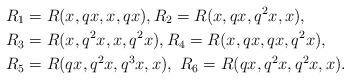
\begin{align*} R_{1}&=R(x, qx, x, qx), R_{2}=R(x, qx, q^{2}x, x),\\ R_{3}&=R(x, q^{2}x, x, q^{2}x),R_{4}=R(x, qx, qx, q^{2}x),\\ R_{5}&=R(qx, q^{2}x, q^{3}x, x),\ R_{6}=R(qx, q^{2}x, q^{2}x, x).\end{align*}